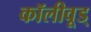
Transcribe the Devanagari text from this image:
कॉलीवूड्